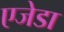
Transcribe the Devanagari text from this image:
एजेडा